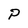
Character: P